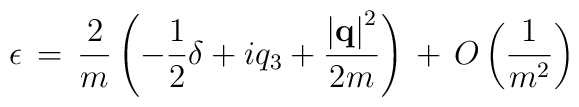
\epsilon \, = \, \frac{2}{m}\left(-\frac{1}{2}\delta+iq_3+       \frac{\left|{\bf q}\right|^2}{2m}\right) \, + \, O\left(\frac{1}{m^2}\right)